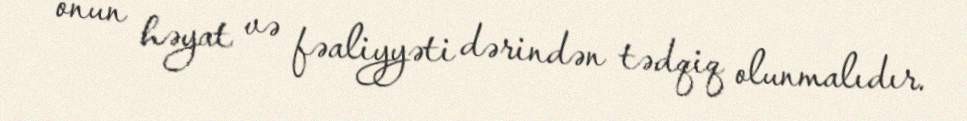
onun həyat və fəaliyyəti dərindən tədqiq olunmalıdır.